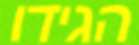
הגידו